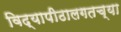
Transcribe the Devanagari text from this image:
विद्यापीठालगतच्या